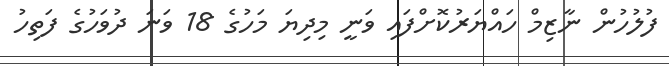
ފުލުހުން ނާޒިމް ހައްޔަރުކޮށްފައި ވަނީ މިދިޔަ މަހުގެ 18 ވަނަ ދުވަހުގެ ފަތިހު